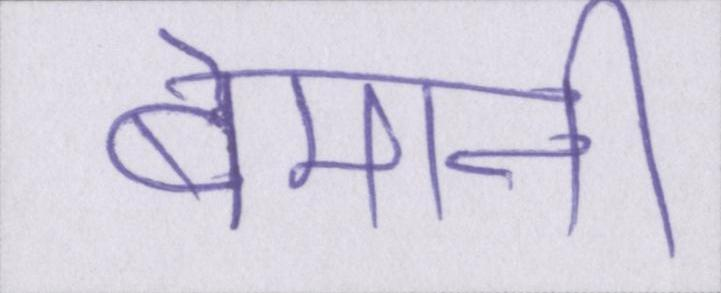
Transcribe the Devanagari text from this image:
बेमानी